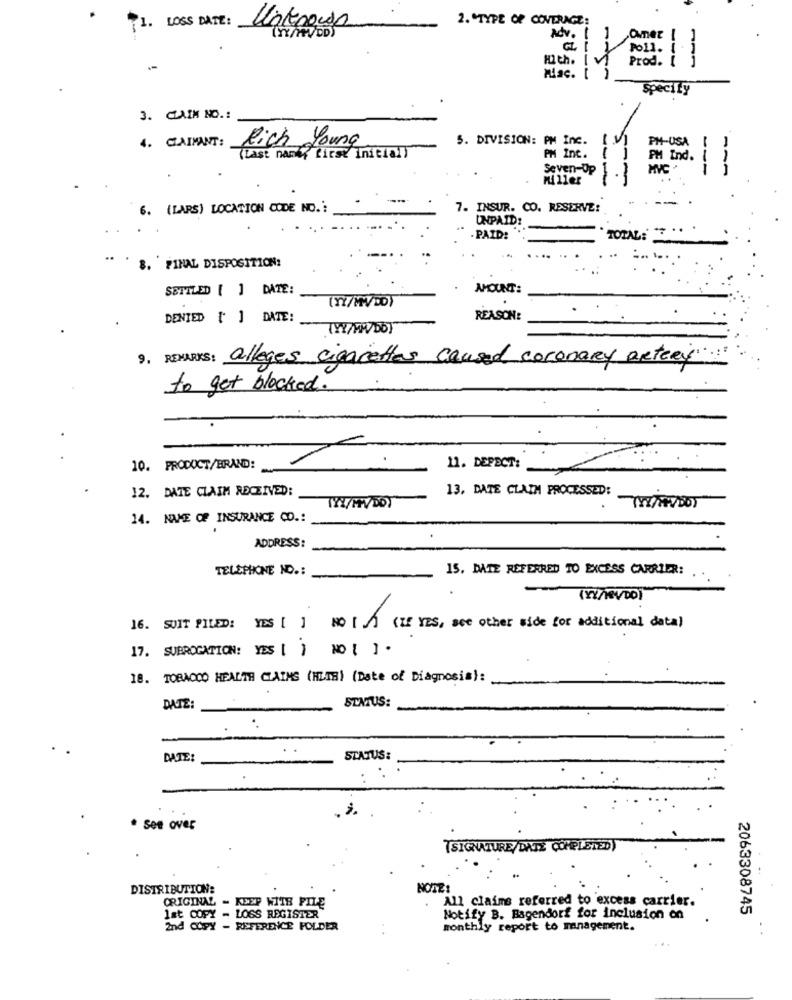
1.
LOSS DATE :
2. "TYPE OF COVERAGE:
Unknown
1
Adv. [
--
Hith. I v
Miac. [ )
Specify
3. CLAIM NO .:
4. CLAIMANT:
lich Young
5. DIVISION: PM Inc.
PH-USA
-
(Last name" first initial)
PM Inc.
PM Ind.
Seven-Op
mi 11er
6.
(LARS) LOCATION CODE NO .:
7. INSUR. CO. RESERVE:
UNPAID:
- PAID:
TOTAL:
8. FINAL DISPOSITION:
SETTLED [ ] DATE:
AMOUNT:
(NY/MWDD)
DENTED [ ] DATE:
REASON:
(W/MW/Db)
9. REMARKS: alleges cigarettes caused coronary artery
to get blocked.
10. PRODUCT/BRAND:
11. DEPECT:
12. DATE CLAIM RECEIVED:
13, DATE CLAIM PROCESSED:
121/HVDDI
14. NAME OF INSURANCE CO .:
ADDRESS:
TELEPHONE ND .:
15. DATE REFERRED TO EXCESS CARRIER:
(YY/1BV/DD)
16. SOIT PILED: YES [ ] NO [] (IE YES, see other side for additional data)
17. SUBROGATION: YES [ ] NO [ ] -
18. TOBACCO HEALTH CLAIMS (HLMB) (Date of Diagnosis):
DATE:
STATUS:
DATE:
STATUS:
* See over
TSIGNATURE/DATE COMPLETED)
DISTRIBUTION:
NOTE:
All claims referred to excess carrier.
ORIGINAL - KEEP WITH FILE
2063308745
lat COPY - LOSS REGISTER
Notify B. Bagendorf for inclusion on
2nd COPY - REFERENCE FOLDER
monthly report to management.
. .